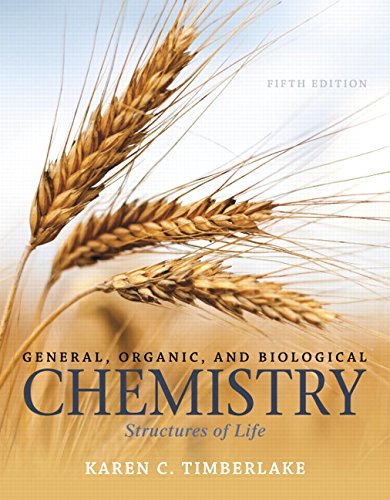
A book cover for General, Organic, and Biological Chemistry: Structures of Life (5th Edition); Karen C. Timberlake; Science & Math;